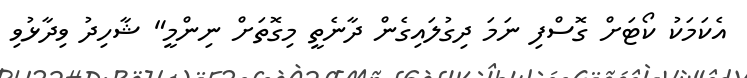
އެކަމަކު ކޯޓަށް ގޮސްފި ނަމަ ދިގުލައިގެން ދާނެތީ މިގޮތަށް ނިންމީ" ޝާހިދު ވިދާޅުވި